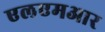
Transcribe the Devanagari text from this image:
एलएमआर